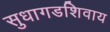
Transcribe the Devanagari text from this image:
सुधागडशिवाय